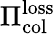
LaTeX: \Pi_{\mathrm{col}}^{\mathrm{loss}}